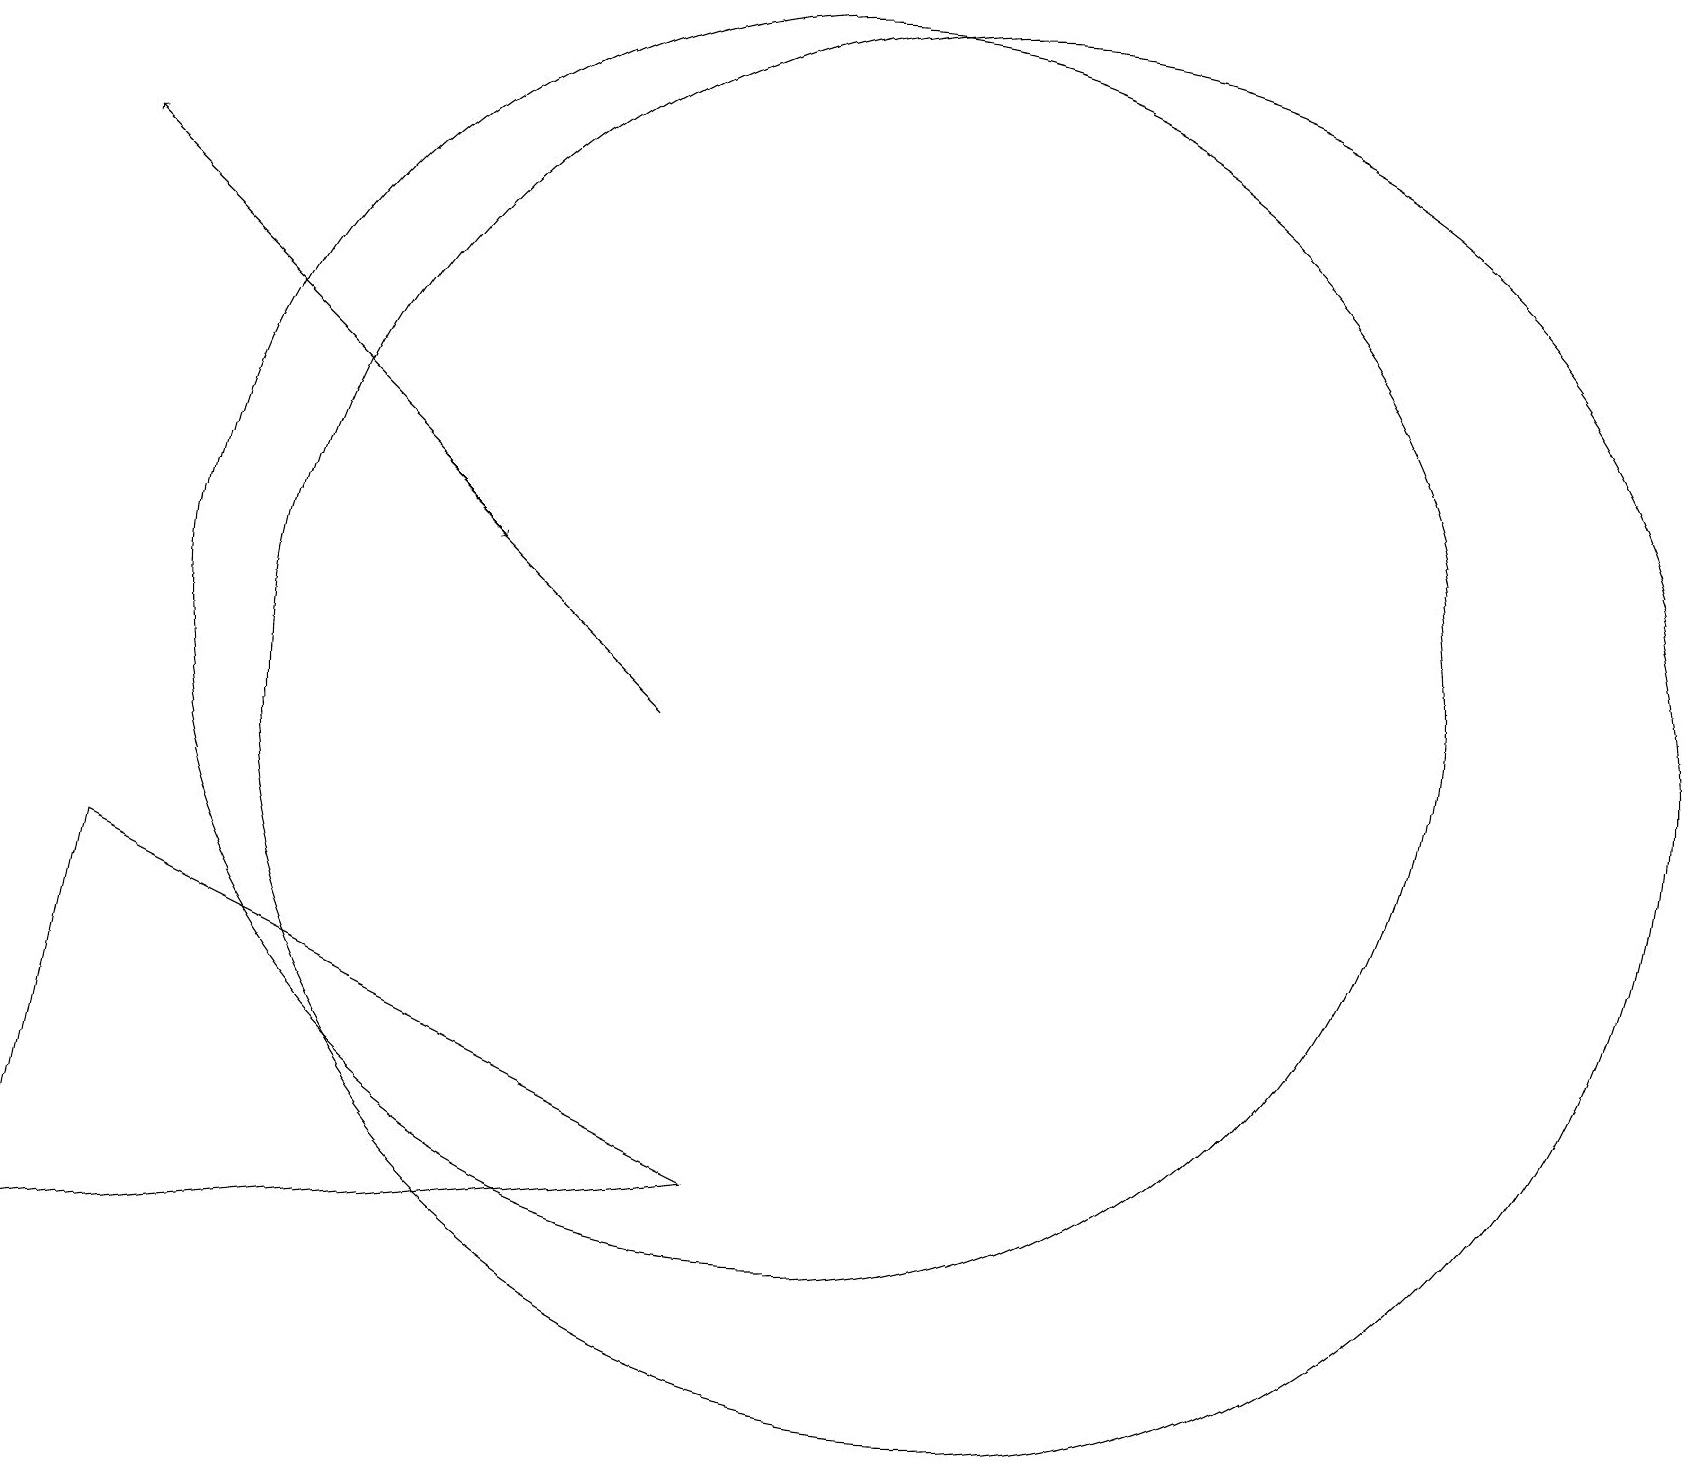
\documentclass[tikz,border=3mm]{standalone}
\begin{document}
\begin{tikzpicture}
\draw[->] (5,13) -- (6,12);
\draw (6,19) rectangle (5,19);
\draw (12,10) circle (9);
\draw[->] (8,10) -- (1,17);
\draw (10,11) circle (8);
\draw (9,4) -- (1,8) -- (0,3) -- cycle;
\draw (10,11) circle (0);
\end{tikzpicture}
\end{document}